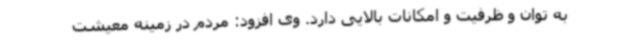
به توان و ظرفیت و امکانات بالایی دارد. وی افزود: مردم در زمینه معیشت